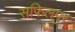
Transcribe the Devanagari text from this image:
सफिलपुर